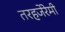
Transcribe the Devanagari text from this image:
तरहजेरेमी